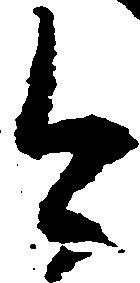
今